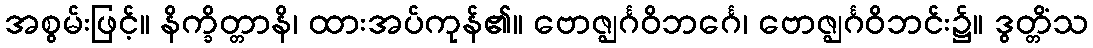
အစွမ်းဖြင့်။ နိက္ခိတ္တာနိ၊ ထားအပ်ကုန်၏။ ဗောဇ္ဈင်္ဂဝိဘင်္ဂေ၊ ဗောဇ္ဈင်္ဂဝိဘင်း၌။ ဒွတ္တိံသ